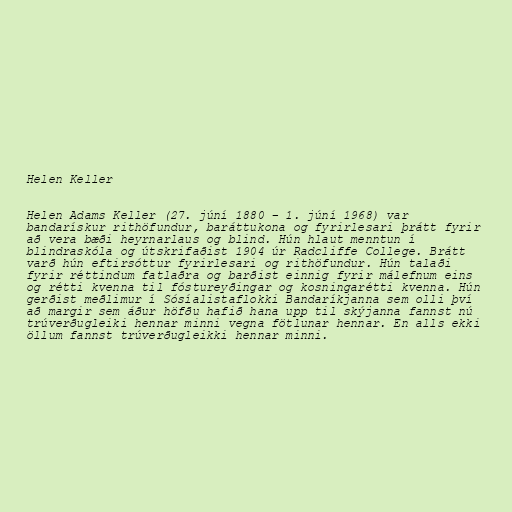
Helen Keller

Helen Adams Keller (27. júní 1880 – 1. júní 1968) var
bandarískur rithöfundur, baráttukona og fyrirlesari þrátt fyrir
að vera bæði heyrnarlaus og blind. Hún hlaut menntun í
blindraskóla og útskrifaðist 1904 úr Radcliffe College. Brátt
varð hún eftirsóttur fyrirlesari og rithöfundur. Hún talaði
fyrir réttindum fatlaðra og barðist einnig fyrir málefnum eins
og rétti kvenna til fóstureyðingar og kosningarétti kvenna. Hún
gerðist meðlimur í Sósíalistaflokki Bandaríkjanna sem olli því
að margir sem áður höfðu hafið hana upp til skýjanna fannst nú
trúverðugleiki hennar minni vegna fötlunar hennar. En alls ekki
öllum fannst trúverðugleikki hennar minni.